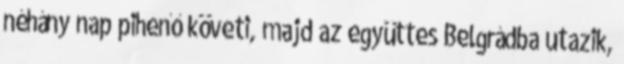
néhány nap pihenő követi, majd az együttes Belgrádba utazik,